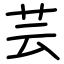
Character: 芸